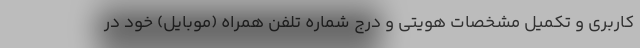
کاربری و تکمیل مشخصات هویتی و درج شماره تلفن همراه (موبایل) خود در